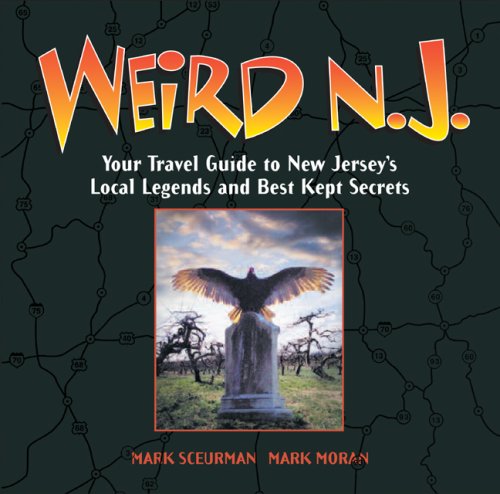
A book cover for Weird N.J.: Your Travel Guide to New Jersey's Local Legends and Best Kept Secrets; Mark Moran; Travel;